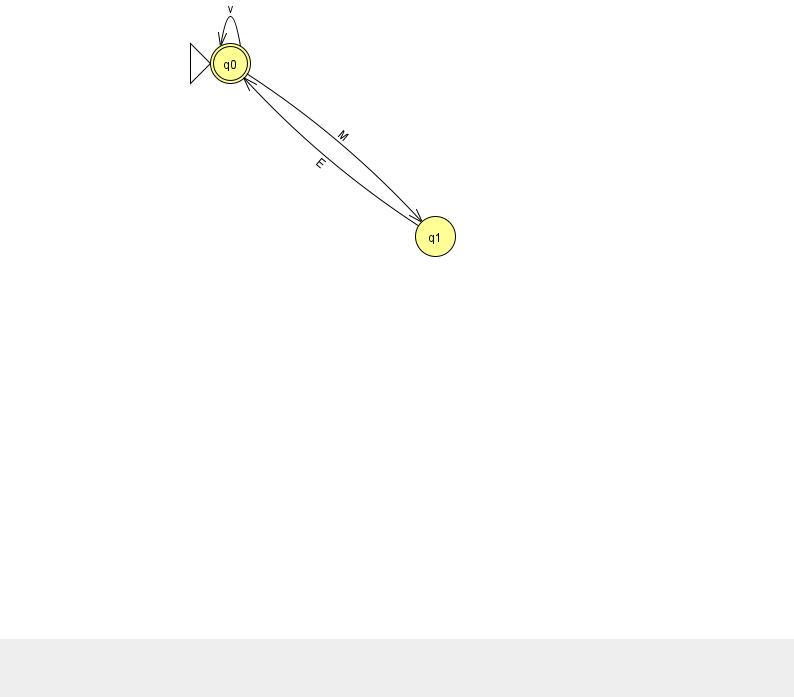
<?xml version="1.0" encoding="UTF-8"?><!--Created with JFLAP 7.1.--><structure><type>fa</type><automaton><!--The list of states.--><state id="0" name="q0"><x>230.0</x><y>50.0</y><initial/><final/></state><state id="1" name="q1"><x>435.0</x><y>223.0</y></state><!--The list of transitions.--><transition><from>0</from><to>0</to><read>v</read></transition><transition><from>1</from><to>0</to><read>E</read></transition><transition><from>0</from><to>1</to><read>M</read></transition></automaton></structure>